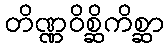
တိဏ္ဏဝိစ္ဆိကိစ္ဆာ